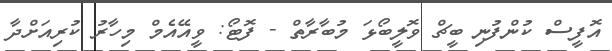
އޮފީސް ކުންފުނި ބީޗް ވޮލީބޯޅަ މުބާރާތް - ފޮޓޯ: ވީއޭއެމް މިހާރު ކުރިއަށްދާ